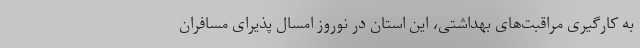
به کارگیری مراقبت‌های بهداشتی، این استان در نوروز امسال پذیرای مسافران